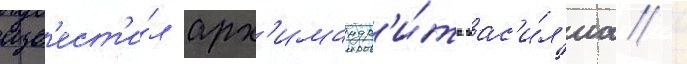
изв'ест'и́л арх'имандр'и́та вас'и́л'иа /